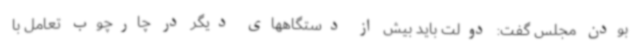
بودن مجلس گفت: دولت باید بیش از دستگاههای دیگر در چارچوب تعامل با